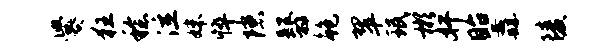
爨狂稔泣妹悴隙翳鲍翠珉彬奸眙纛陵